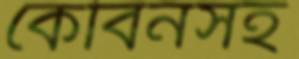
কেবিনসহ